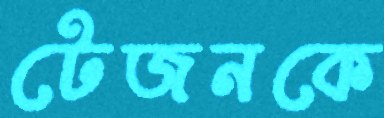
টেজনকে